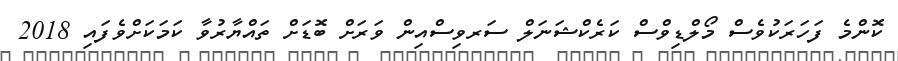
ކޮންމެ ފަހަރަކުވެސް މޯލްޑިވްސް ކަރެކްޝަނަލް ސަރވިސްއިން ވަރަށް ބޮޑަށް ތައްޔާރުވާ ކަމަކަށްވެފައި 2018